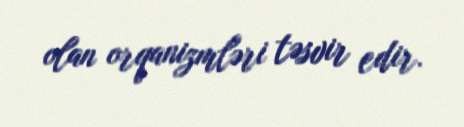
olan orqanizmləri təsvir edir.